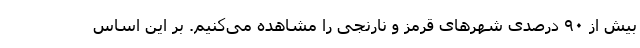
بیش از ۹۰ درصدی شهرهای قرمز و نارنجی را مشاهده می‌کنیم. بر این اساس